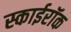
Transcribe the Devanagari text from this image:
स्काईरॉक